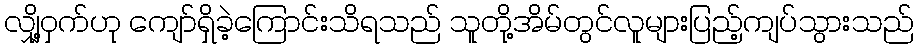
လျှို့ဝှက်ဟု ကျော်ရှိခဲ့ကြောင်းသိရသည် သူတို့အိမ်တွင်လူများပြည့်ကျပ်သွားသည်